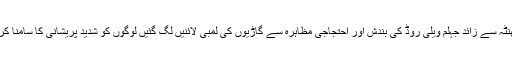
ایک گھنٹہ سے زائد جہلم ویلی روڈ کی بندش اور احتجاجی مظاہرہ سے گاڑیوں کی لمبی لائنیں لگ گئیں لوگوں کو شدید پریشانی کا سامنا کرنا پڑ ا۔